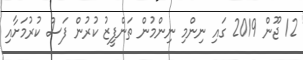
12 ޖޫން 2019 ގައި ނިންމި ނިންމުން ތަންފީޒު ކުރުން ފަސް ކުރުމަށާއި